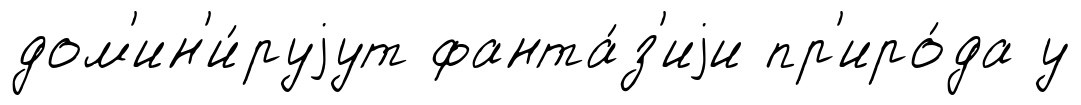
дом'ин'и́руjут фанта́з'иjи пр'иро́да у